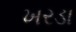
ખરડા